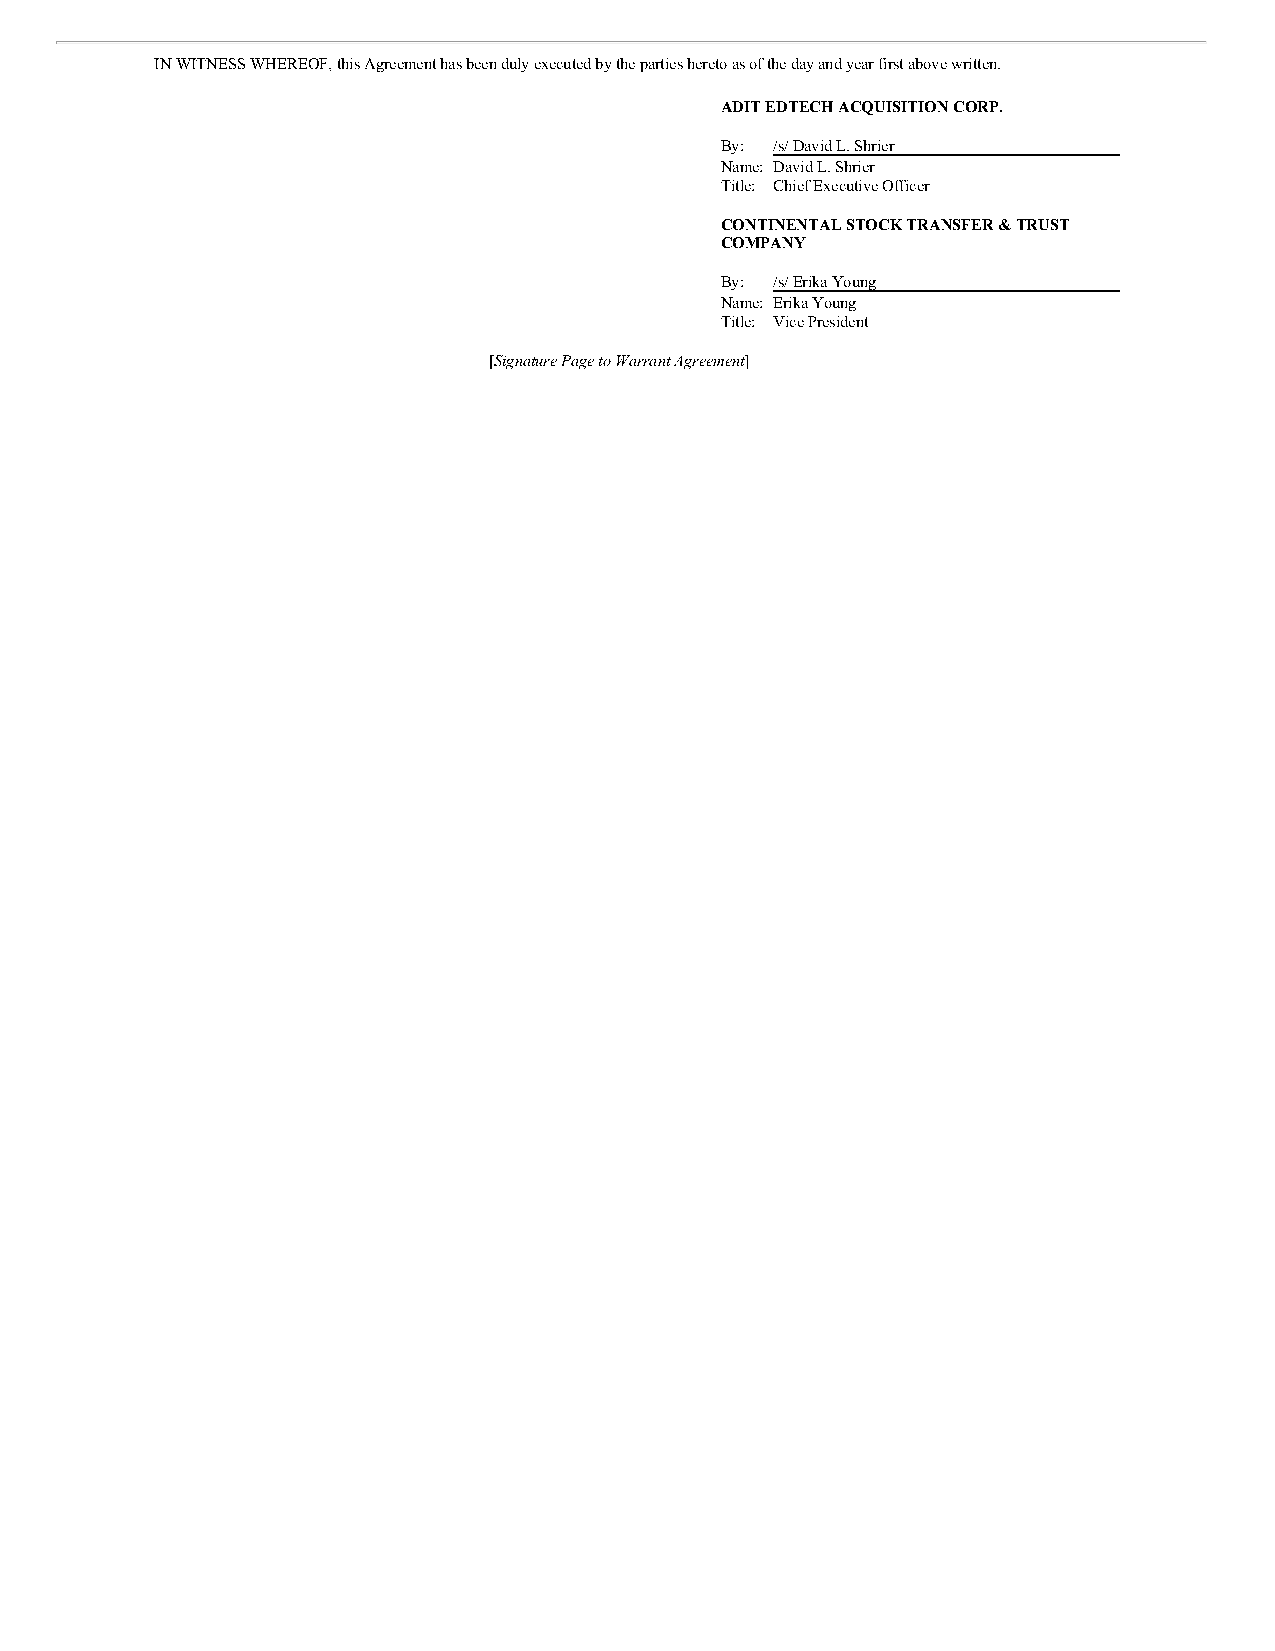
IN WITNESS WHEREOF, this Agreement has been duly executed by the parties hereto as of the day and year first above written.
 ADIT EDTECH ACQUISITION CORP.
 By: /s/ David L. Shrier
 Name: David L. Shrier
 Title: Chief Executive Officer
 CONTINENTAL STOCK TRANSFER & TRUST
 COMPANY
 By: /s/ Erika Young
 Name: Erika Young
 Title: Vice President
 [Signature Page to Warrant Agreement]